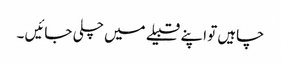
چاہیں تو اپنے قبیلے میں چلی جائیں ۔